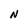
Character: N